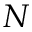
N